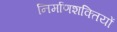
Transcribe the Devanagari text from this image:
निर्माणशक्तियों